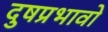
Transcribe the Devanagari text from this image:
दुषप्रभावो